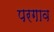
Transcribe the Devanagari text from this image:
परगाव